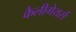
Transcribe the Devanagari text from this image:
कैलीगेयर्स